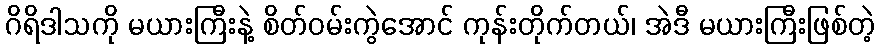
ဂိရိဒါသကို မယားကြီးနဲ့ စိတ်ဝမ်းကွဲအောင် ကုန်းတိုက်တယ်၊ အဲဒီ မယားကြီးဖြစ်တဲ့